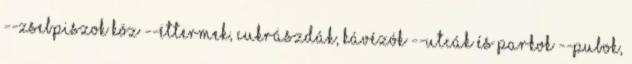
--Zsebpiszok köz --Éttermek, cukrászdák, kávézók --Utcák és parkok --Pubok,